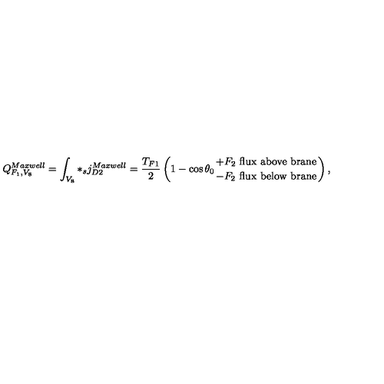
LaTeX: Q _ { F _ { 1 } , V _ { 8 } } ^ { M a x w e l l } = \int _ { V _ { 8 } } * _ { s } j _ { D 2 } ^ { M a x w e l l } = \frac { T _ { F 1 } } { 2 } \left( 1 - \cos \theta _ { 0 } { + F _ { 2 } \ { \mathrm { f l u x \ a b o v e \ b r a n e } } \atop { - F _ { 2 } \ \mathrm { f l u x \ b e l o w \ b r a n e } } } \right) ,